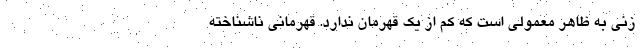
زنی به ظاهر معمولی است که کم از یک قهرمان ندارد. قهرمانی ناشناخته